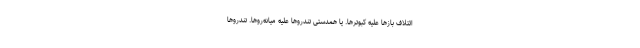
ائتلاف بازها علیه کبوترها. یا همدستی تندروها علیه میانه‌روها. تندروها